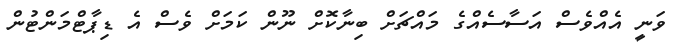
ވަނީ އެއްވެސް އަސާސެއްގެ މައްޗަށް ބިނާކޮށް ނޫން ކަމަށް ވެސް އެ ޑިޕާޓްމަންޓުން